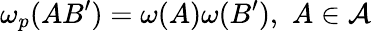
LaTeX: \omega_{p}(AB^{\prime})=\omega(A)\omega(B^{\prime}),\, \, A\in\mathcal{A}